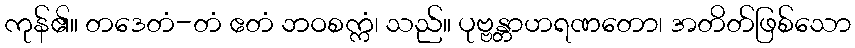
ကုန်၏။ တဒေတံ-တံ ဧတံ ဘဝစက္ကံ၊ သည်။ ပုဗ္ဗန္တာဟရဏတော၊ အတိတ်ဖြစ်သော